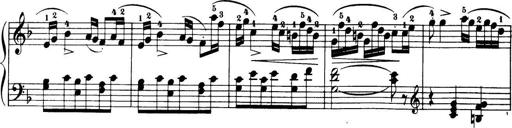
Title: 32 Sonatinas and Rondos for the Piano
Composer: Richard Kleinmichel